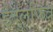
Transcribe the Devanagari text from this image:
ईदुलफित्र